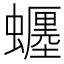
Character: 𧓋